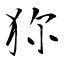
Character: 狝